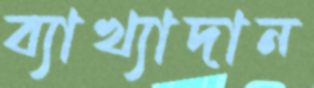
ব্যাখ্যাদান